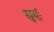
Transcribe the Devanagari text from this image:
सूर्यः